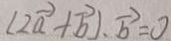
( 2 \overrightarrow { a } + \overrightarrow { b } ) \cdot \overrightarrow { b } = 0